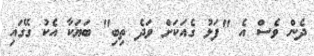
ދެން ވެސް އެ "ފަޅު ގެއަކަށް ވަދެ ތިބި" ބަޔަކާ އެކު ގޭގައި